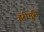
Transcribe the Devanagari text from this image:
हरीभूमि